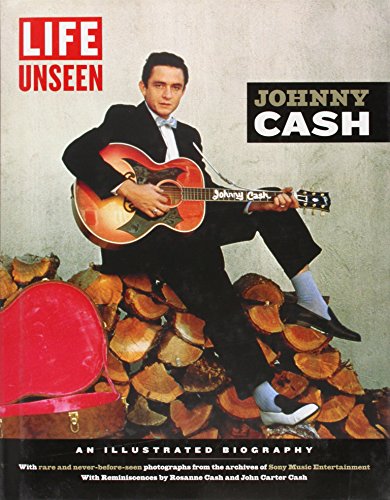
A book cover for LIFE Unseen:  Johnny Cash: An Illustrated Biography With Rare and Never-Before-Seen Photographs; Editors of Life; Arts & Photography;